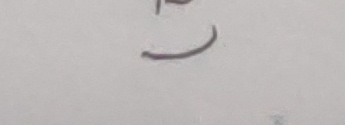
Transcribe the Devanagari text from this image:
ड़